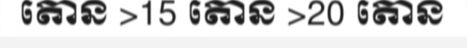
តោន >15 តោន >20 តោន